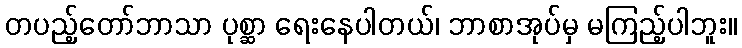
တပည့်တော်ဘာသာ ပုစ္ဆာ ရေးနေပါတယ်၊ ဘာစာအုပ်မှ မကြည့်ပါဘူး။